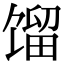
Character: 馏